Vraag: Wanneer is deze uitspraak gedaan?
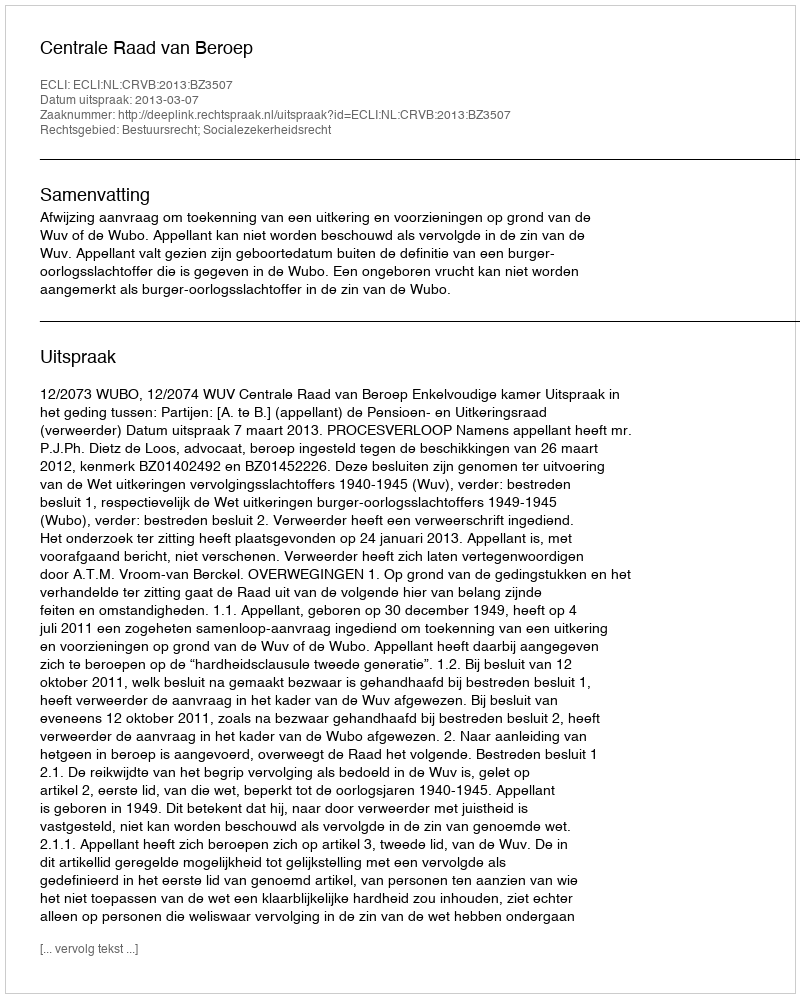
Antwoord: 2013-03-07